Vaccination North-Western Provinces and Oudh 1896-1901 - 1896-1901
Year: 1896
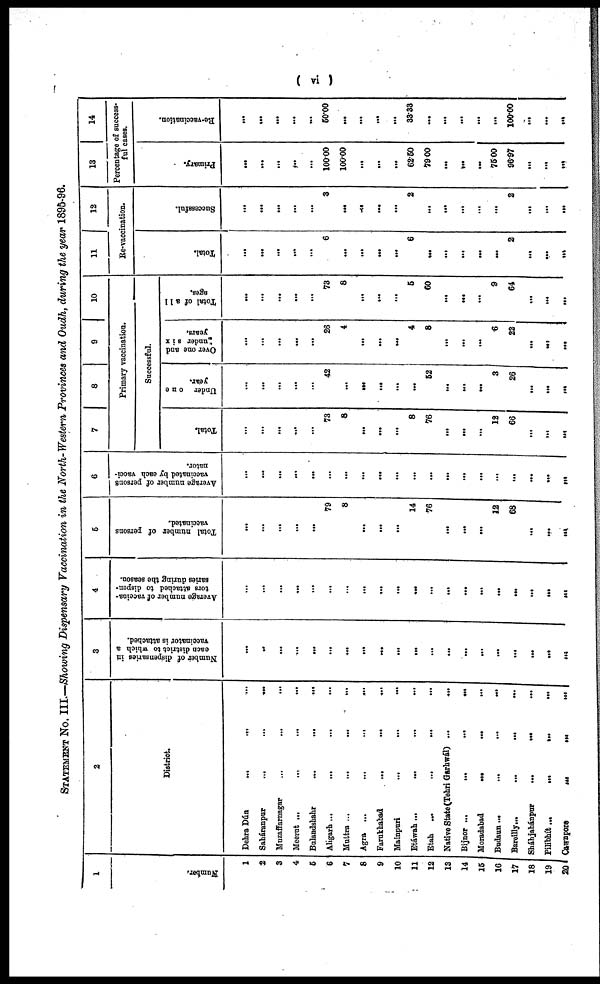
( vi )
STATEMENT No. III.—Showing Dispensary Vaccination in the North-Western Provinces and Oudh, during the year 1895-96.
1
Number.
1
2
3
4
5
6
7
8
9
10
11
12
13
14
15
16
17
18
19
20
2
District.
Dehra Dún
...
...
...
Saháranpur
...
...
...
Muzaffarnagar ... ... ...
Meerut
...
...
...
Bulandshahr
...
...
...
Aligarh ...
...
...
...
Muttra ...
...
...
...
Agra ...
...
...
...
Farukhabad
...
...
...
Mainpuri
...
...
...
Etáwah ...
...
...
...
Etah
...
...
...
...
Native State (Tehri Garhwál) ... ...
Bijnor
...
...
...
...
Moradabad
...
...
...
Budaun
...
...
...
...
Bareilly
...
...
...
...
Sháhjahánpur
...
...
...
Pilibhít
...
...
...
...
Cawnpore ...
...
...
3
Number of dispensaries in
each district to which a
vaccinator is attached.
...
...
...
...
...
...
...
...
...
...
...
...
...
...
...
...
...
...
...
...
4
Average number of vaccina¬
tors attached to dispen-
saries during the season.
...
...
...
...
...
...
...
...
...
...
...
...
...
...
...
...
...
...
...
...
5
Total number of persons
vaccinated.
...
...
...
...
...
79
8
...
...
...
14
76
...
...
...
12
68
...
...
...
6
Average number of persons
vaccinated by each vacci¬
nator.
...
...
...
...
...
...
...
...
...
...
...
...
...
...
...
...
...
...
...
...
7
8 9 10
Primary vaccination.
Successful.
Total.
...
...
...
...
...
73
8
...
...
...
8
76
...
...
...
12
66
...
...
...
Under one
year.
...
...
...
...
...
42
...
...
...
...
...
52
...
...
...
3
26
...
...
...
Over one and
under six
years.
...
...
...
...
...
26
4
...
...
...
4
8
...
...
...
6
22
...
...
...
Total of all
ages.
...
...
...
...
...
73
8
...
...
...
5
60
...
...
...
9
64
...
...
...
11
12
Re-vaccination.
Total.
...
...
...
...
...
6
...
...
...
...
6
...
...
...
...
...
2
...
...
...
Successful.
...
...
...
...
...
3
...
...
...
...
2
...
...
...
...
.11
2
...
...
...
13
14
Percentage of success¬
ful cases.
Primary.
...
...
...
...
...
100.00
100.00
...
...
...
62.50
79.00
...
...
...
75.00
96.97
...
...
...
Re-vaccination.
...
...
...
...
...
50.00
...
...
...
...
33.33
...
...
...
...
...
100.00
...
...
...